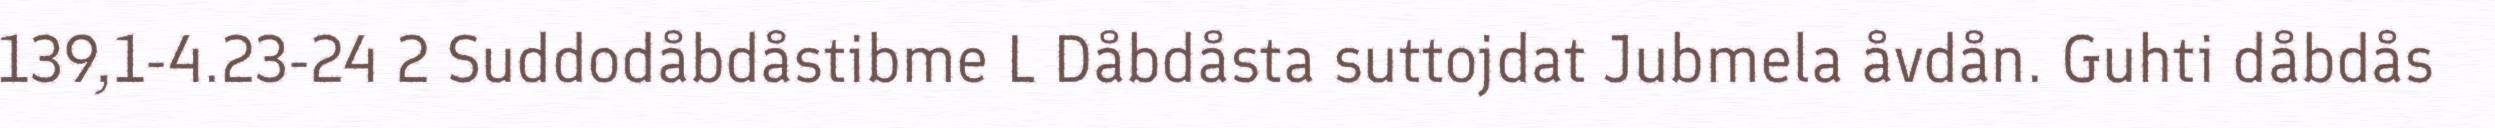
139,1-4.23-24 2 Suddodåbdåstibme L Dåbdåsta suttojdat Jubmela åvdån. Guhti dåbdås